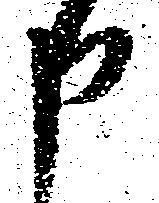
申